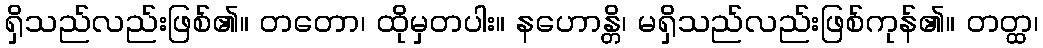
ရှိသည်လည်းဖြစ်၏။ တတော၊ ထိုမှတပါး။ နဟောန္တိ၊ မရှိသည်လည်းဖြစ်ကုန်၏။ တတ္ထ၊